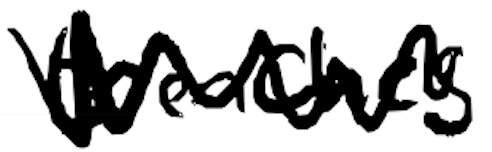
Text: trenches
Cross-out: mix
Writing tool: digital_black